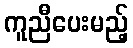
ကူညီပေးမည့်